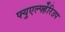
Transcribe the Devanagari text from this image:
फ्युएर्ल्फ्हेरिउप